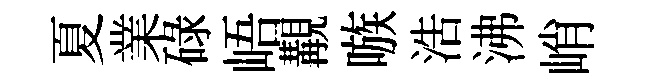
夏業碌峿覯嗾浩沸峭